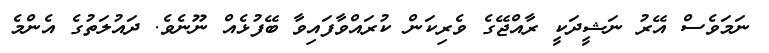
ނަމަވެސް އޭރު ނަޝީދަކީ ރާއްޖޭގެ ވެރިކަން ކުރައްވާފައިވާ ބޭފުޅެއް ނޫނެވެ. ދައުލަތުގެ އެންމެ